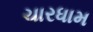
ચારધામ